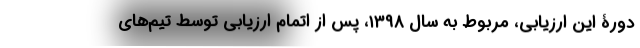
دورۀ این ارزیابی، مربوط به سال ۱۳۹۸، پس از اتمام ارزیابی توسط تیم‌های